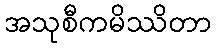
အသုစီကမိဿိတာ